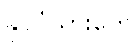
နိုင်ငံသားတွေ